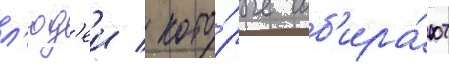
л'юд'еи / кото́рые соб'ира́ют